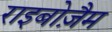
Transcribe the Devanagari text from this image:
राइबोज़ैम